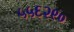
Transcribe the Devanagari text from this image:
५५६२९०